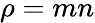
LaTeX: \rho=mn